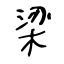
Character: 梁